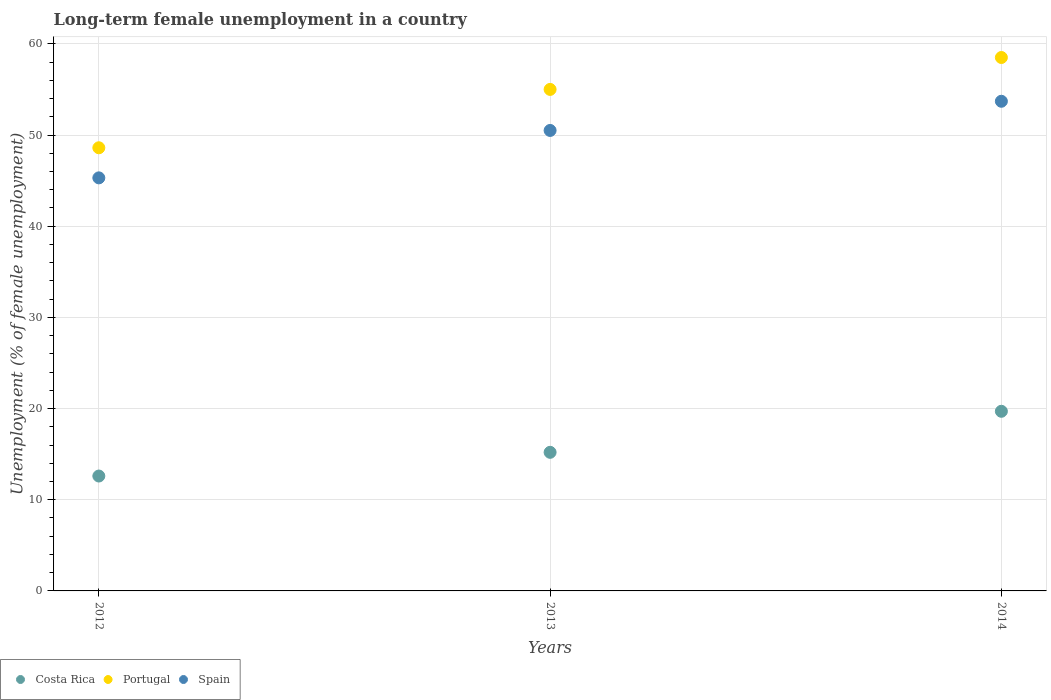
| Years | Costa Rica | Portugal | Spain |
 | --- | --- | --- | --- |
 | 2012 | 12.6 | 48.6 | 45.3 |
 | 2013 | 15.2 | 55 | 50.5 |
 | 2014 | 19.7 | 58.5 | 53.7 |